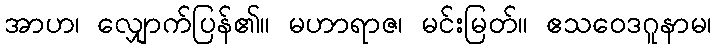
အာဟ၊ လျှောက်ပြန်၏။ မဟာရာဇ၊ မင်းမြတ်။ ဧသဝေဒဂူနာမ၊